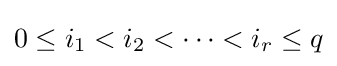
0\leq i_{1}<i_{2}<\cdots <i_{r}\leq q